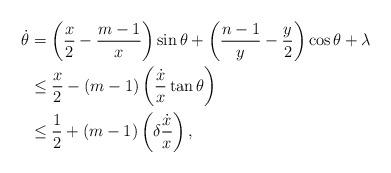
LaTeX: \begin{align*}\dot{\theta} &= \left(\frac{x}{2} - \frac{m-1}{x} \right)\sin \theta + \left(\frac{n-1}{y} - \frac{y}{2} \right)\cos \theta + \lambda\\&\leq \frac{x}{2} - (m-1)\left( \frac{\dot{x}}{x}\tan \theta \right)\\&\leq \frac{1}{2} + (m-1)\left( \delta \frac{\dot{x}}{x}\right),\end{align*}